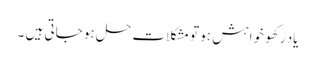
یاد رکھو خواہش ہو تو مشکلات حل ہو جاتی ہیں ۔